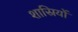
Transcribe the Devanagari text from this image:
शास्रियों